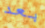
بعد